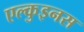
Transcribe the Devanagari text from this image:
एल्कुइनस